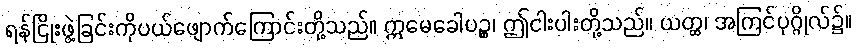
ရန်ငြိုးဖွဲ့ခြင်းကိုပယ်ဖျောက်ကြောင်းတို့သည်။ ဣမေခေါပဉ္စ၊ ဤငါးပါးတို့သည်။ ယတ္ထ၊ အကြင်ပုဂ္ဂိုလ်၌။